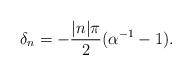
LaTeX: \begin{align*}\delta_n =-{|n|\pi\over 2}(\alpha^{-1}-1).\end{align*}